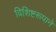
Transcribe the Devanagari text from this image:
विशिष्टरूपाने